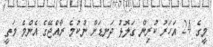
މީގެ 24 އަހަރު ކުރިން ގަލޮޅު ދަނޑަށް ނުކުމެ ރާއްޖޭގެ އެންމެ މަތީ